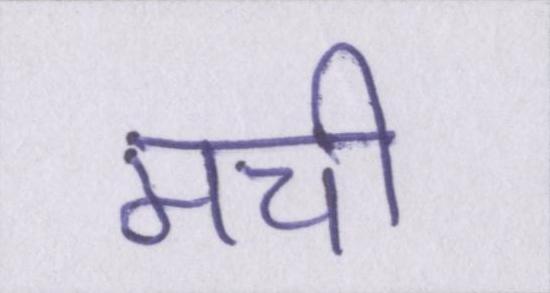
मची